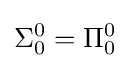
\Sigma _{0}^{0}=\Pi _{0}^{0}